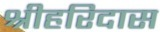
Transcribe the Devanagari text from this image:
श्रीहरिदास